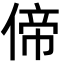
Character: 偙